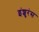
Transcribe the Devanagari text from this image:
इंशुरंस